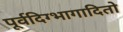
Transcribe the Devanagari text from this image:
पूर्वदिग्भागादितो